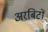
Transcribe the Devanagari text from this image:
अरबिटों